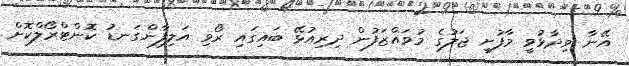
އޭނާ ވިދާޅުވީ މާފުށީ ޖަލުގެ މުވައްޒަފުން ދިރިއުޅޭ ބައިގައި ރޯވި އަލިފާންގަނޑު ކޮންޓްރޯލްކޮށް